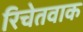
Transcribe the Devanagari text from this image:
रिचेतवाक